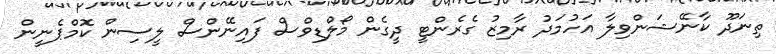
ތިނަދޫ ކާނޭޝަންވިލާ އަހުމަދު ރާމިޒު ގެރެންޓީ ދީގެން މޯލްޑިވްސް ފައިނޭންސް ލީސިން ކޮމްޕެނީން